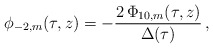
\begin{align*} \phi_{-2,m}(\tau,z) = -\frac{2\,\Phi_{10,m}(\tau,z)}{\Delta(\tau)}\,,\end{align*}